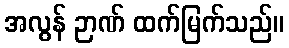
အလွန် ဉာဏ် ထက်မြက်သည်။